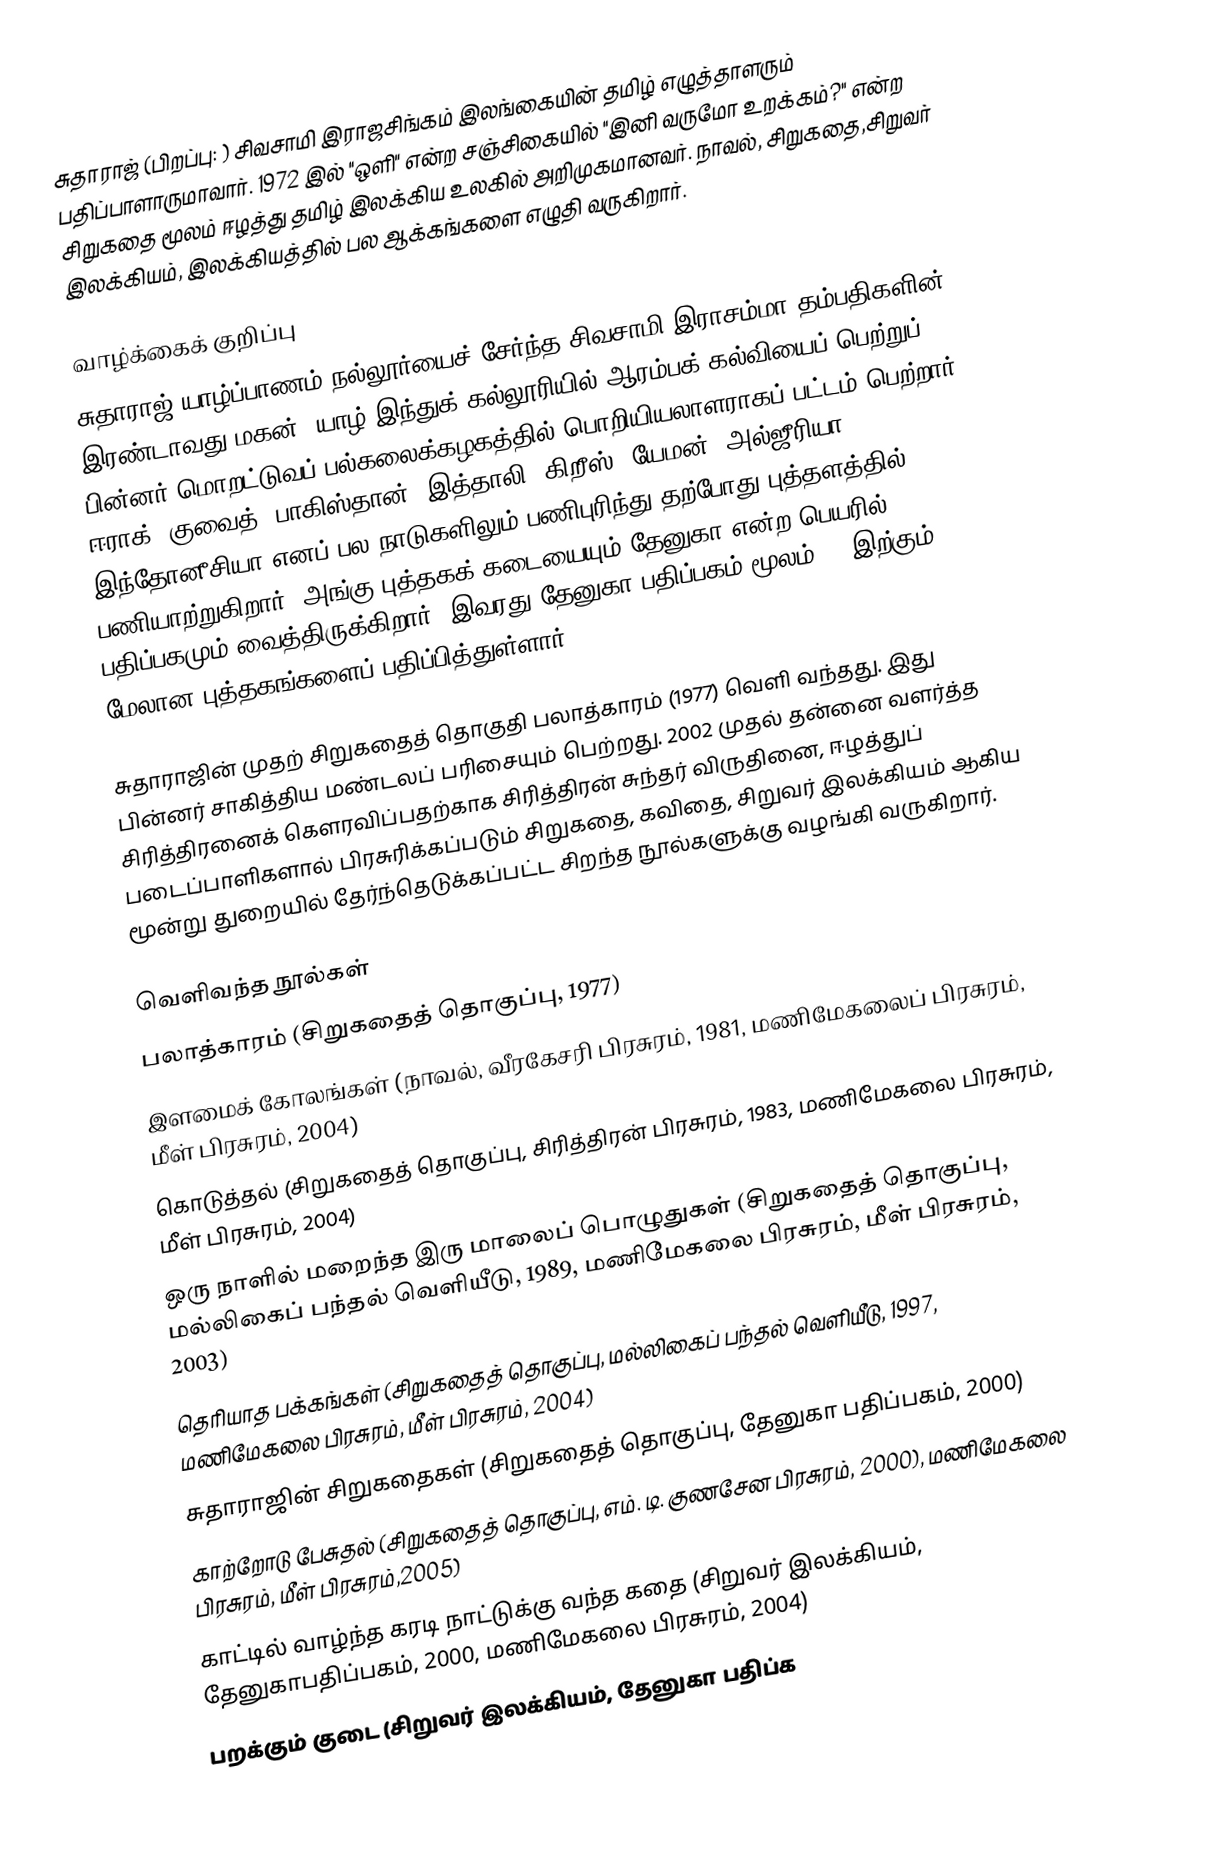
சுதாராஜ் (பிறப்பு:  )  சிவசாமி இராஜசிங்கம் இலங்கையின் தமிழ் எழுத்தாளரும் பதிப்பாளாருமாவார். 1972 இல் "ஒளி" என்ற சஞ்சிகையில் "இனி வருமோ உறக்கம்?" என்ற சிறுகதை மூலம் ஈழத்து தமிழ் இலக்கிய உலகில் அறிமுகமானவர். நாவல், சிறுகதை,சிறுவர் இலக்கியம்,  இலக்கியத்தில் பல ஆக்கங்களை எழுதி வருகிறார்.

வாழ்க்கைக் குறிப்பு
சுதாராஜ் யாழ்ப்பாணம் நல்லூர்யைச் சேர்ந்த சிவசாமி-இராசம்மா தம்பதிகளின் இரண்டாவது மகன். யாழ் இந்துக் கல்லூரியில் ஆரம்பக் கல்வியைப் பெற்றுப் பின்னர் மொறட்டுவப் பல்கலைக்கழகத்தில் பொறியியலாளராகப் பட்டம் பெற்றார். ஈராக், குவைத், பாகிஸ்தான், இத்தாலி, கிறீஸ், யேமன், அல்ஜீரியா, இந்தோனீசியா எனப் பல நாடுகளிலும் பணிபுரிந்து தற்போது புத்தளத்தில் பணியாற்றுகிறார். அங்கு புத்தகக் கடையையும் தேனுகா என்ற பெயரில் பதிப்பகமும் வைத்திருக்கிறார். இவரது தேனுகா பதிப்பகம் மூலம் 15 இற்கும் மேலான புத்தகங்களைப் பதிப்பித்துள்ளார்.

சுதாராஜின் முதற் சிறுகதைத் தொகுதி பலாத்காரம் (1977) வெளி வந்தது. இது பின்னர் சாகித்திய மண்டலப் பரிசையும் பெற்றது. 2002 முதல் தன்னை வளர்த்த சிரித்திரனைக் கௌரவிப்பதற்காக சிரித்திரன் சுந்தர் விருதினை, ஈழத்துப் படைப்பாளிகளால் பிரசுரிக்கப்படும் சிறுகதை, கவிதை, சிறுவர் இலக்கியம் ஆகிய மூன்று துறையில் தேர்ந்தெடுக்கப்பட்ட சிறந்த நூல்களுக்கு வழங்கி வருகிறார்.

வெளிவந்த நூல்கள்
 பலாத்காரம் (சிறுகதைத் தொகுப்பு, 1977)
 இளமைக் கோலங்கள் (நாவல், வீரகேசரி பிரசுரம், 1981, மணிமேகலைப் பிரசுரம், மீள் பிரசுரம், 2004)
 கொடுத்தல் (சிறுகதைத் தொகுப்பு, சிரித்திரன் பிரசுரம், 1983, மணிமேகலை பிரசுரம், மீள் பிரசுரம், 2004)
 ஒரு நாளில் மறைந்த இரு மாலைப் பொழுதுகள் (சிறுகதைத் தொகுப்பு, மல்லிகைப் பந்தல் வெளியீடு, 1989, மணிமேகலை பிரசுரம், மீள் பிரசுரம், 2003)
 தெரியாத பக்கங்கள் (சிறுகதைத் தொகுப்பு, மல்லிகைப் பந்தல் வெளியீடு, 1997, மணிமேகலை பிரசுரம், மீள் பிரசுரம், 2004)
 சுதாராஜின் சிறுகதைகள் (சிறுகதைத் தொகுப்பு, தேனுகா பதிப்பகம், 2000)
 காற்றோடு பேசுதல் (சிறுகதைத் தொகுப்பு, எம். டி. குணசேன பிரசுரம், 2000), மணிமேகலை பிரசுரம், மீள் பிரசுரம்,2005)
 காட்டில் வாழ்ந்த கரடி நாட்டுக்கு வந்த கதை (சிறுவர் இலக்கியம், தேனுகாபதிப்பகம், 2000, மணிமேகலை பிரசுரம், 2004)
 பறக்கும் குடை (சிறுவர் இலக்கியம், தேனுகா பதிப்க